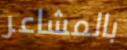
بالمشاعر